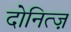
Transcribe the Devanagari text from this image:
दोनित्ज़